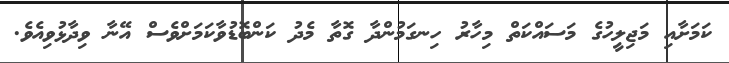
ކަމަށާއި މަޖިލީހުގެ މަސައްކަތް މިހާރު ހިނގަމުންދާ ގޮތާ މެދު ކަންބޮޑުވާކަމަށްވެސް އޭނާ ވިދާޅުވިއެެވެ.